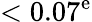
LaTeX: <0.07^{\mathrm{e}}